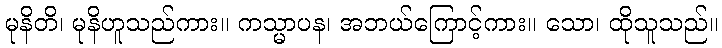
မုနိတိ၊ မုနိဟူသည်ကား။ ကသ္မာပန၊ အဘယ်ကြောင့်ကား။ သော၊ ထိုသူသည်။